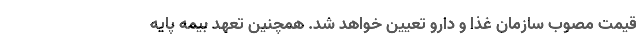
قیمت مصوب سازمان غذا و دارو تعیین خواهد شد. همچنین تعهد بیمه پایه